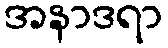
အနာဒရာ